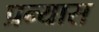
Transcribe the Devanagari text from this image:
प्रन्‍यास